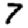
Digit: 7